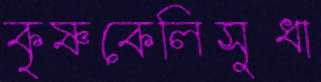
কৃষ্ণকেলিসুধা